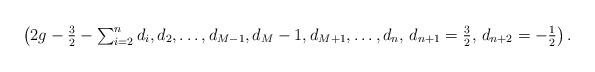
LaTeX: \begin{align*}&\left(2g - \textstyle\frac 32 - \sum_{i=2}^n d_i, d_2, \dots,d_{M-1}, d_M -1,d_{M+1},\dots, d_n, \,d_{n+1} = \frac 3 2, \, d_{n+2} = -\frac 1 2 \right).\end{align*}